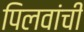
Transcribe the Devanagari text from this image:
पिलवांची